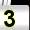
Digit: 3